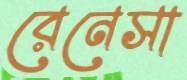
রেনেসা